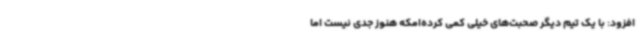
افزود: با یک تیم دیگر صحبت‌های خیلی کمی کرده‌امکه هنوز جدی نیست اما